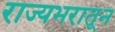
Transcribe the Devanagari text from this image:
राज्यभरातून